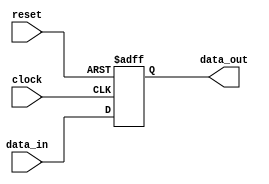
module IO_Buffer (
    input wire clock,
    input wire reset,
    input wire data_in,
    output reg data_out
);

reg flip_flop;

always @(posedge clock or posedge reset) begin
    if (reset) begin
        flip_flop <= 1'b0;
    end else begin
        flip_flop <= data_in;
    end
end

assign data_out = flip_flop;

endmodule